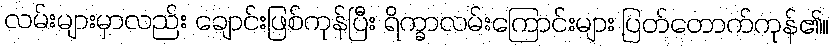
လမ်းများမှာလည်း ချောင်းဖြစ်ကုန်ပြီး ရိက္ခာလမ်းကြောင်းများ ပြတ်တောက်ကုန်၏။